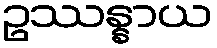
ဥဿန္နာယ